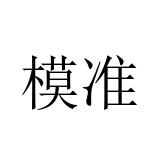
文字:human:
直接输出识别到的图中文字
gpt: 模准